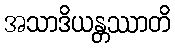
အသာဒိယန္တဿာတိ